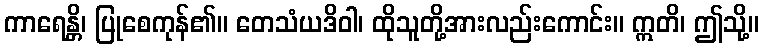
ကာရေန္တိ၊ ပြုစေကုန်၏။ တေသံယဒိဝါ၊ ထိုသူတို့အားလည်းကောင်း။ ဣတိ၊ ဤသို့။